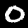
Label: 0